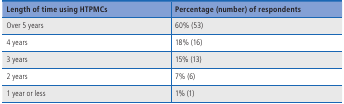
| Length of time using HTPMCs | Percentage (number) of respondents |
 | --- | --- |
 | Over 5 years | 60% (53) |
 | 4 years | 18% (16) |
 | 3 years | 15% (13) |
 | 2 years | 7% (6) |
 | 1 year or less | 1% (1) |